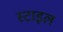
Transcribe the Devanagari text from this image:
स्‍टाइल